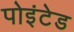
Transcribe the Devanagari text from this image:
पोइंटेड